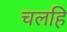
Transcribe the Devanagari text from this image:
चलहि